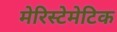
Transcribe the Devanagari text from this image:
मेरिस्टेमेटिक